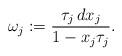
LaTeX: \begin{align*}\omega_j := \frac{\tau_j\,dx_j}{1-x_j \tau_j}.\end{align*}